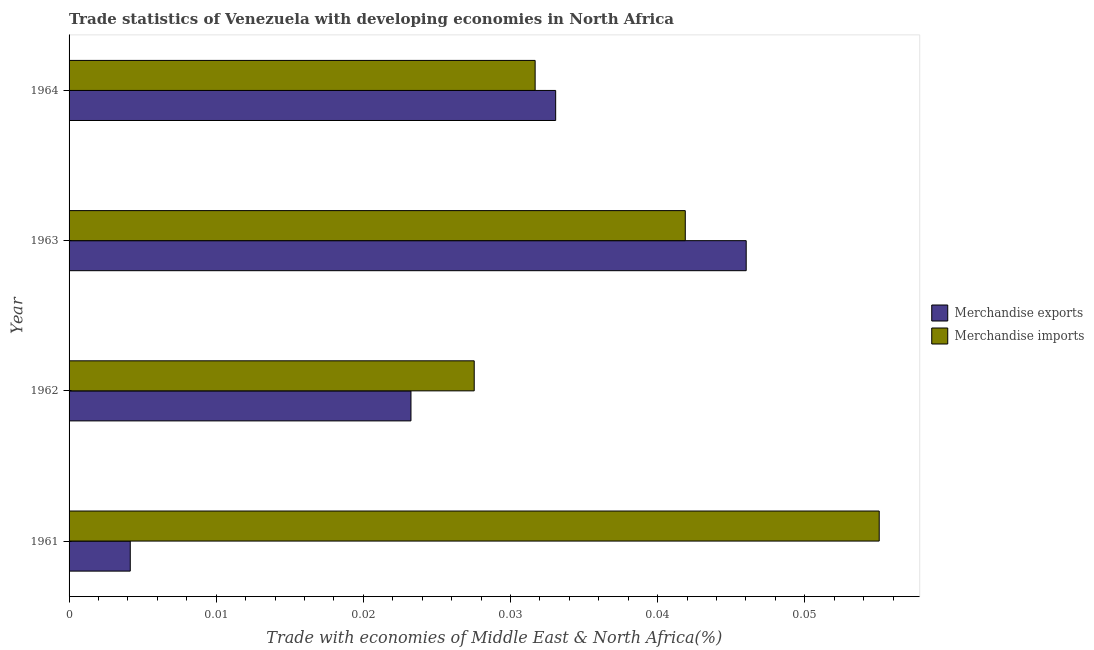
| Year | Merchandise exports | Merchandise imports |
 | --- | --- | --- |
 | 1961 | 0.00416 | 0.0551 |
 | 1962 | 0.0232 | 0.0275 |
 | 1963 | 0.046 | 0.0419 |
 | 1964 | 0.0331 | 0.0317 |